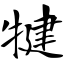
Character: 犍